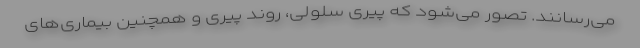
می‌رسانند. تصور می‌شود که پیری سلولی، روند پیری و همچنین بیماری‌های